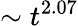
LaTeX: \sim t^{2.07}